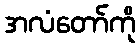
အလံတော်ကို